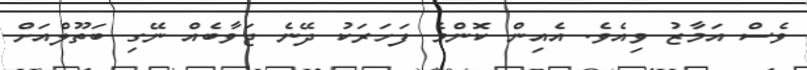
ވެސް އަމާޒު ވިއެވެ. އެއިން ކޮންމެ ފަހަރަކު ދޭނެ ޖަވާބެއް ނޭގި ބަތޫލްއަށް